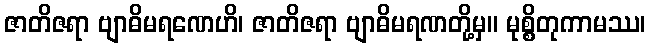
ဇာတိဇရာ ဗျာဓိမရဏေဟိ၊ ဇာတိဇရာ ဗျာဓိမရဏတို့မှ။ မုစ္စိတုကာမဿ၊